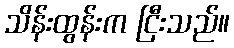
သိန်းထွန်းက ငြီးသည်။